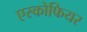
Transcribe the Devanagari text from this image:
एस्कोफियर